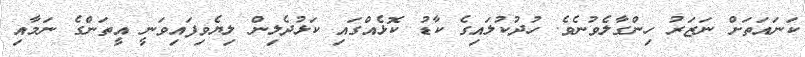
ކަނައަތަށް ނަޒަރު ހިންގާލެވުނެވެ. ހުދުކުލައިގެ ކާޑު ކޮޅެއްގައި ކަޅުދެލިން ލިޔެވިފައިވަނީ އީތަންގެ ނަމާއި